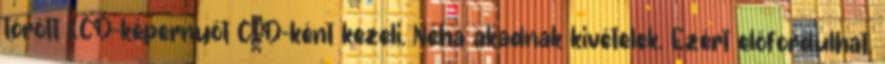
törött LCD-képernyőt CID-ként kezeli. Néha akadnak kivételek. Ezért előfordulhat,